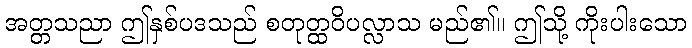
အတ္တသညာ ဤနှစ်ပဒသည် စတုတ္ထဝိပလ္လာသ မည်၏။ ဤသို့ ကိုးပါးသော